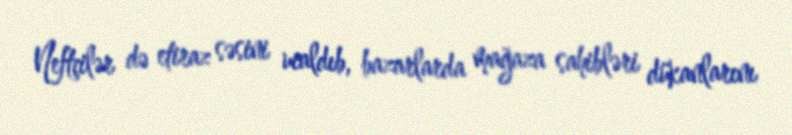
Neftçilər də etiraz səsini ucaldıb, bazarlarda mağaza sahibləri dükanlarını